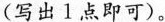
(写出1点即可)。